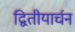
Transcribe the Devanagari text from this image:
द्वितीयार्चन